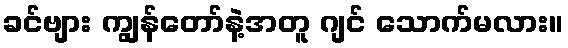
ခင်ဗျား ကျွန်တော်နဲ့အတူ ဂျင် သောက်မလား။